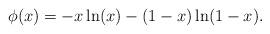
LaTeX: \begin{align*}\phi(x) = - x \ln(x) - (1 - x) \ln(1 - x).\end{align*}